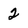
Character: 2